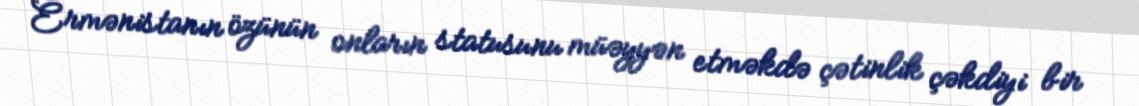
Ermənistanın özünün onların statusunu müəyyən etməkdə çətinlik çəkdiyi bir